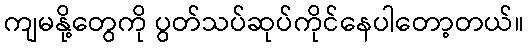
ကျမနို့တွေကို ပွတ်သပ်ဆုပ်ကိုင်နေပါတော့တယ်။